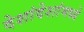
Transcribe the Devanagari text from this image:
देशांदेशांमध्ये